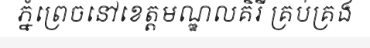
ភ្នំព្រេចនៅខេត្តមណ្ឌលគិរី គ្រប់គ្រង